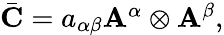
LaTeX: \begin{array}{r}{\bar{\mathbf{C}}={a}_{\alpha\beta}{\mathbf{A}}^{\alpha}\otimes{\mathbf{A}}^{\beta},}\end{array}